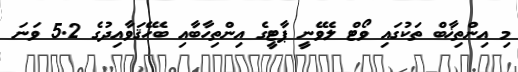
މި އިންތިޚާބް ތަކުގައި ވޯޓް ލެވޭނީ ޕާޓީގެ އިންތިހާބާއި ބެހޭޤަވާއިދުގެ 5.2 ވަނަ